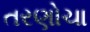
તરણોચા